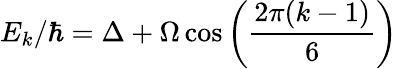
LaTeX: E_{k}/\hbar=\Delta+\Omega\, \mathrm{cos}\left(\frac{2\pi(k-1)}{6}\right)